Madras plague regulations in force outside the Presidency town - Volume 5
Disease focus: Plague
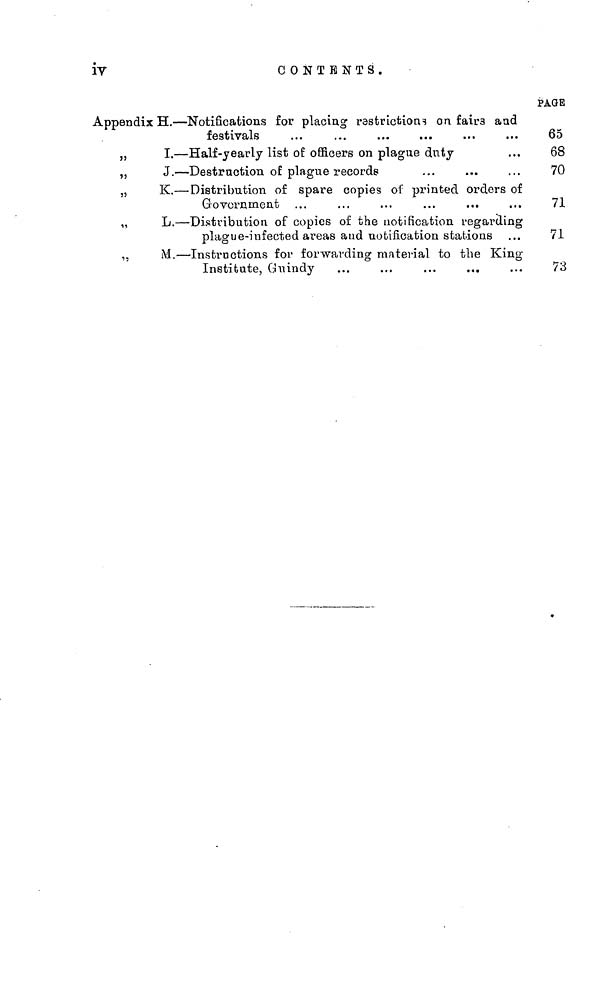
ÍV
CONTENTS.
PAGE
Appendix H. — Notifications for placing restrictions on fairs aad
festivals
...
...
...
...
...
...
65
,,
I. — Half-yearly list of officers on plague duty
...
68
„
J. — Destruction of plague
records
...
...
...
70
„
K. — Distribution of spare copies ol' printed orders of
Government ...
...
...
...
...
...
71
„
L. — Distribution of copies of the notification regarding
plague-infected areas and notification stations ...
71
,,
M. — Instructions for forwarding material to the King
Institute, Guindy
...
...
...
...
...
73